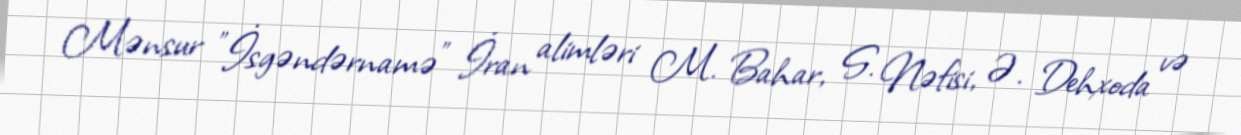
Mənsur "İsgəndərnamə" İran alimləri M. Bahar, S. Nəfisi, Ə. Dehxoda və